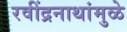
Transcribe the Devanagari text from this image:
रवींद्रनाथांमुळे